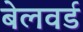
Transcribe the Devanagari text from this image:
बेलवर्ड